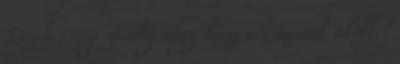
Doyle , még mindig vagy húsz név marad, akikkel